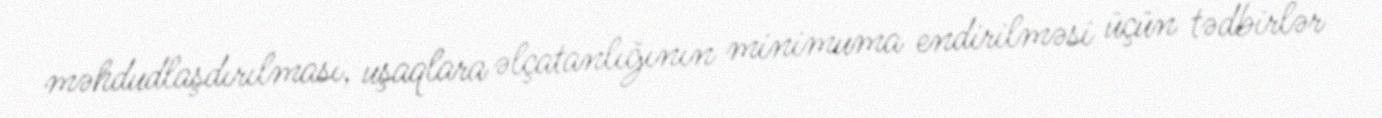
məhdudlaşdırılması, uşaqlara əlçatanlığının minimuma endirilməsi üçün tədbirlər